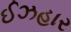
ઈઝહાર